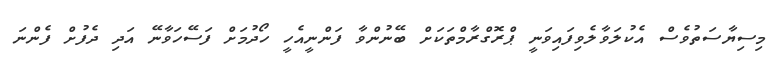
މިސިޔާސަތުވެސް އެކުލަވާލެވިފައިވަނީ ޕްރޮގްރާމްތަކަށް ބޭނުންވާ ފަންނީއެހީ ހޯދުމަށް ފަސޭހަވާނޭ އަދި ދެފުށް ފެންނަ